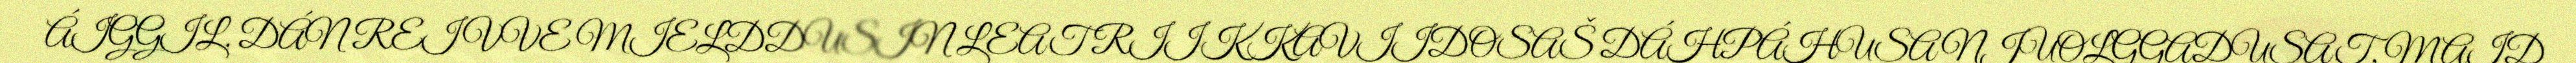
ÁIGGIL. DÁN REIVVE MIELDDUSIN LEAT RIIKKAVIIDOSAŠ DÁHPÁHUSA NJUOLGGADUSAT, MAID